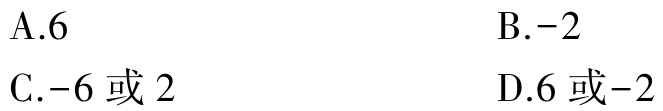
A.6

B.-2

C.-6 或 2

D.6 或-2